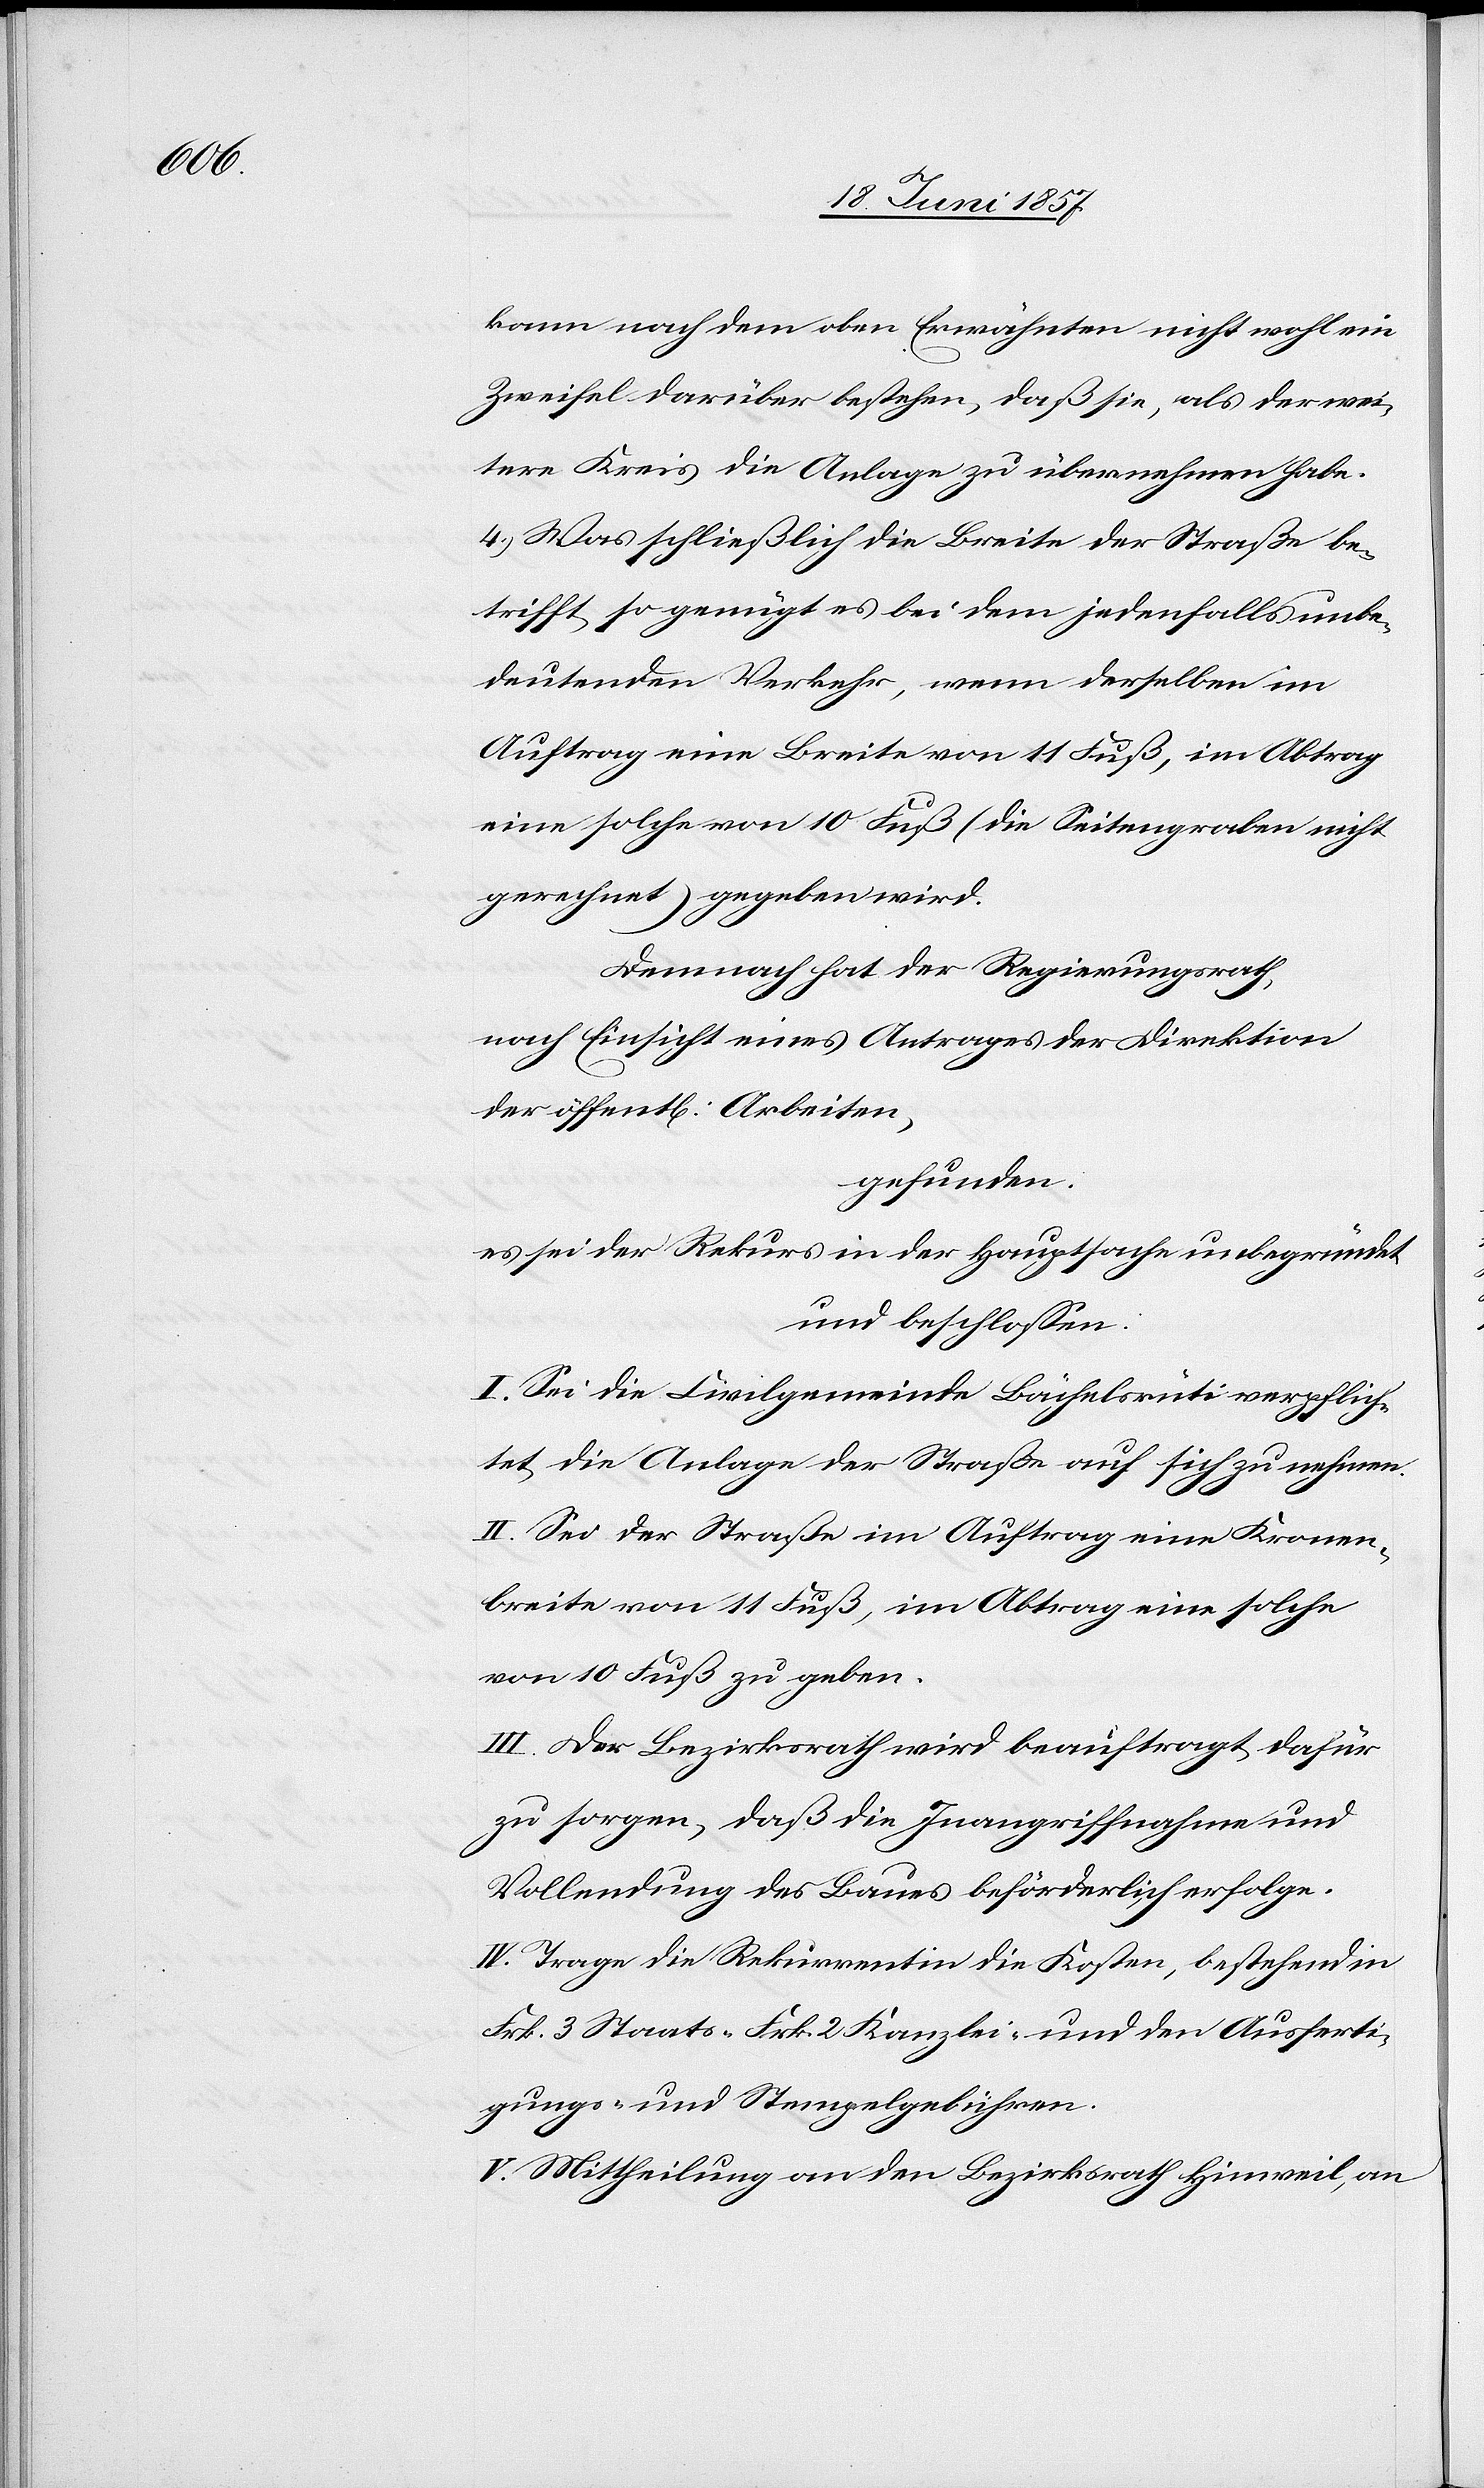
kann nach dem oben Erwähnten nicht wohl ein
Zweifel darüber bestehen, daß sie, als der wei¬
tere Kreis die Anlage zu übernehmen habe.
4.) Was schließlich die Breite der Straße be¬
trifft so genügt es bei dem jedenfalls unbe¬
deutenden Verkehr, wenn derselben im
Auftrag eine Breite von 11 Fuß, im Abtrag
eine solche von 10 Fuß (die Seitengraben nicht
gerechnet) gegeben wird.
Demnach hat der Regierungsrath,
nach Einsicht eines Antrages der Direktion
der öffentl. Arbeiten,
gefunden:
es sei der Rekurs in der Hauptsache unbegründet
und beschlossen:
I. Sei die Civilgemeinde Bächelsrüti verpflich¬
tet die Anlage der Straße auf sich zu nehmen.
II. Sei der Straße im Auftrag eine Kronen¬
breite von 11 Fuß, im Abtrag eine solche
von 10 Fuß zu geben.
III. Der Bezirksrath wird beauftragt dafür
zu sorgen, daß die Inangriffnahme und
Vollendung des Baues beförderlich erfolge.
IV. Trage die Rekurrentin die Kosten, bestehend in
Frk. 3 Staats- Frk. 2 Kanzlei- und den Ausferti¬
gungs- und Stempelgebühren.
V. Mittheilung an den Bezirksrath Hinweil, an